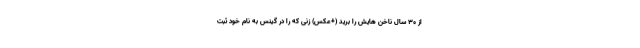
از 30 سال ناخن هایش را بُرید (+عکس) زنی که را در گینس به نام خود ثبت